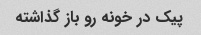
پیک در خونه رو باز گذاشته